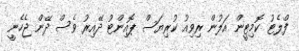
ފްލެޓު ކޮމިޓީން އަލުން ރިވިއު ކުރިޔަސް ޕޮއިންޓު ދޭއިރު ވެސް ދޭން ޖެހެނީ